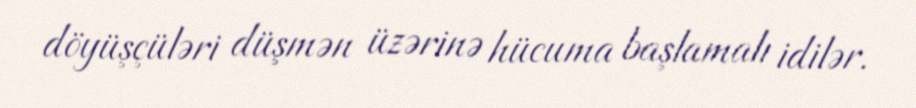
döyüşçüləri düşmən üzərinə hücuma başlamalı idilər.